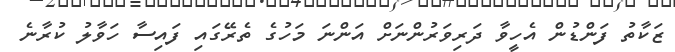
ޒަކާތު ފަންޑުން އެހީވާ ދަރިވަރުންނަށް އަންނަ މަހުގެ ތެރޭގައި ފައިސާ ހަވާލު ކުރާނެ